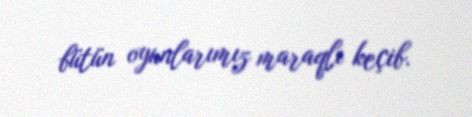
bütün oyunlarımız maraqlı keçib.